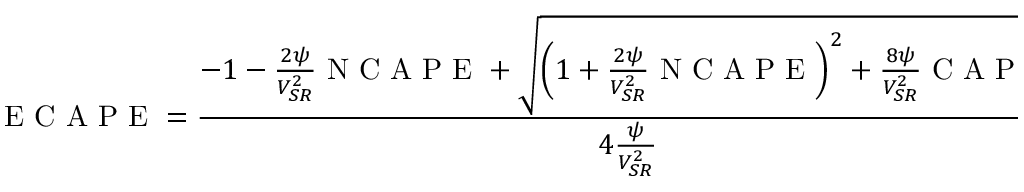
\mathrm { ~ E ~ C ~ A ~ P ~ E ~ } = \frac { - 1 - \frac { 2 \psi } { V _ { S R } ^ { 2 } } \mathrm { ~ N ~ C ~ A ~ P ~ E ~ } + \sqrt { \left( 1 + \frac { 2 \psi } { V _ { S R } ^ { 2 } } \mathrm { ~ N ~ C ~ A ~ P ~ E ~ } \right) ^ { 2 } + \frac { 8 \psi } { V _ { S R } ^ { 2 } } \mathrm { ~ C ~ A ~ P ~ E ~ } } } { 4 \frac { \psi } { V _ { S R } ^ { 2 } } } .